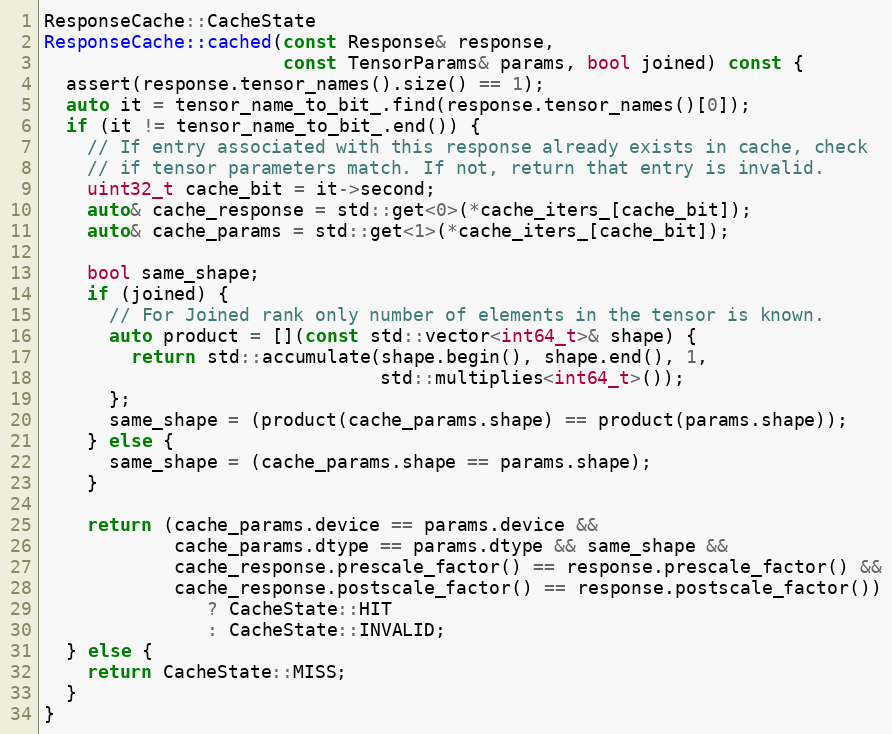
Language: C++
ResponseCache::CacheState
ResponseCache::cached(const Response& response,
                      const TensorParams& params, bool joined) const {
  assert(response.tensor_names().size() == 1);
  auto it = tensor_name_to_bit_.find(response.tensor_names()[0]);
  if (it != tensor_name_to_bit_.end()) {
    // If entry associated with this response already exists in cache, check
    // if tensor parameters match. If not, return that entry is invalid.
    uint32_t cache_bit = it->second;
    auto& cache_response = std::get<0>(*cache_iters_[cache_bit]);
    auto& cache_params = std::get<1>(*cache_iters_[cache_bit]);

    bool same_shape;
    if (joined) {
      // For Joined rank only number of elements in the tensor is known.
      auto product = [](const std::vector<int64_t>& shape) {
        return std::accumulate(shape.begin(), shape.end(), 1,
                               std::multiplies<int64_t>());
      };
      same_shape = (product(cache_params.shape) == product(params.shape));
    } else {
      same_shape = (cache_params.shape == params.shape);
    }

    return (cache_params.device == params.device &&
            cache_params.dtype == params.dtype && same_shape &&
            cache_response.prescale_factor() == response.prescale_factor() &&
            cache_response.postscale_factor() == response.postscale_factor())
               ? CacheState::HIT
               : CacheState::INVALID;
  } else {
    return CacheState::MISS;
  }
}